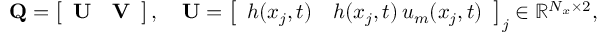
\mathbf { Q } = \left[ \begin{array} { l l } { \mathbf { U } } & { \mathbf { V } } \end{array} \right] , \quad \mathbf { U } = \left[ \begin{array} { l l } { h ( x _ { j } , t ) } & { h ( x _ { j } , t ) \, u _ { m } ( x _ { j } , t ) } \end{array} \right] _ { j } \in \mathbb { R } ^ { N _ { x } \times 2 } ,